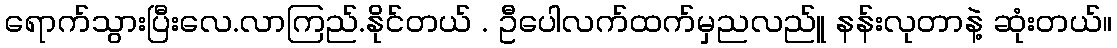
ရောက်သွားပြီးလေ.လာကြည်.နိုင်တယ် . ဦပေါလက်ထက်မှညလည်ူ နန်းလုတာနဲ့ ဆုံးတယ်။